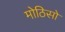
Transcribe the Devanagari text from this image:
मोठिसो